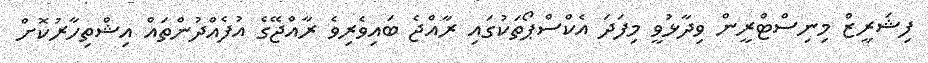
ފިޝަރީޒް މިނިސްޓްރީން ވިދާޅުވީ މިފަދަ އެކްސްޕޯތަކުގައި ރާއްޖެ ބައިވެރިވެ ރާއްޖޭގެ އުފެއްދުންތައް އިޝްތިހާރުކޮށް